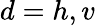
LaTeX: d=h,v